Source: Handwritten
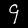
Digit: ၄ (4)